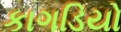
કાગડિયો